Report of the Indian Hemp Drugs Commission, 1894-1895 - Volume V
Year: 1894
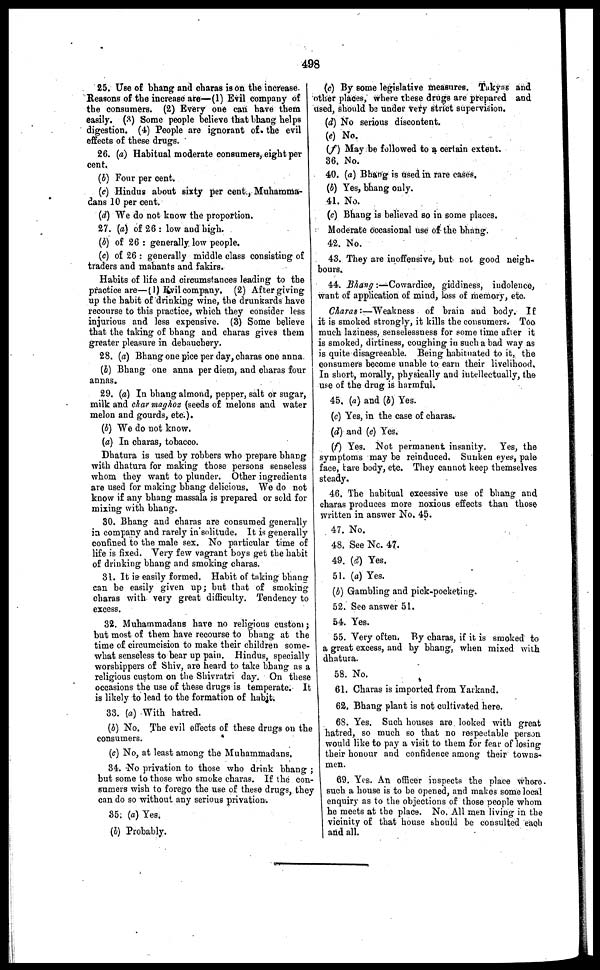
498
25. Use of bhang and charas is on the increase.
Reasons of the increase are—(1) Evil company of
the consumers. (2) Every one can have them
easily. (3) Some people believe that bhang helps
digestion. (4) People are ignorant of the evil
effects of these drugs.
26. (a) Habitual moderate consumers, eight per
cent.
(b) Four per cent.
(c) Hindus about sixty per cent., Muharoma-
cans 10 per cent.
(d) We do not know the proportion.
27. (a) of 26 : low and high.
(b) of 26 : generally low people.
(c) of 26 : generally middle class consisting of
traders and mahants and fakirs.
Habits of life and circumstances leading to the
practice are—(1) Evil company. (2) After giving
up the habit of drinking wine, the drunkards have
recourse to this practice, which they consider less
injurious and less expensive. (3) Some believe
that the taking of bhang and charas gives them
greater pleasure in debauchery.
28. (a) Bhang one pice per day, charas one anna
(b) Bhang one anna per diem, and charas four
annas.
29. (a) In bhang almond, pepper, salt or sugar,
milk and char maghoz (seeds of melons and water
melon and gourds, etc.).
(b) We do not know,
(a) In charas, tobacco.
Dhatura is used by robbers who prepare bhang
with dhatura for making those persons senseless
whom they want to plunder. Other ingredients
are used for making bhang delicious. We do not
know if any bhang massala is prepared or sold for
mixing with bhang.
30. Bhang and charas are consumed generally
in company and rarely in solitude. It is generally
confined to the male sex. No particular time of
life is fixed. Very few vagrant boys get the habit
of drinking bhang and smoking charas.
31. It is easily formed. Habit of taking bhang
can be easily given up; but that of smoking
charas with very great difficulty. Tendency to
excess.
32. Muhammadans have no religious custom
but most of them have recourse to bhang at the
time of circumcision to make their children some-
what senseless to bear up pain. Hindus, specially
worshippers of Shiv, are heard to take bhang as a
religious custom on the Shivratri day. On these
occasions the use of these drugs is temperate. It
is likely to lead to the formation of habit.
33. (a) With hatred.
(b) No. The evil effects of these drugs on the
consumers.
(c) No, at least among the Muhammadans.
34. No privation to those who drink bhang ;
but some to those who smoke charas. If the con-
sumers wish to forego the use of these drugs, they
can do so without any serious privation.
35. (a) Yes.
(b) Probably.
(c) By some legislative measures. Takyas and
other places, where these drugs are prepared and
used, should be under very strict supervision.
(d) No serious discontent.
(e) No.
(f) May be followed to a certain extent.
36. No.
40. (a) Bhang is used in rare cases,
(b) Yes, bhang only.
41. No.
(c) Bhang is believed so in some places.
Moderate occasional use of the bhang.
42. No.
43. They are inoffensive, but not good neigh-
bours.
44. Bhang :—Cowardice, giddiness, indolence,
want of application of mind, loss of memory, etc.
Charas:—Weakness of brain and body. If
it is smoked strongly, it kills the consumers. Too
much laziness, senselessness for some time after it
is smoked, dirtiness, coughing in such a bad way as
is quite disagreeable. Being habituated to it, the
consumers become unable to earn their livelihood.
In short, morally, physically and intellectually, the
use of the drug is harmful.
45. (a) and (b) Yes.
(c) Yes, in the case of charas.
(d) and (e) Yes.
(f) Yes. Not permanent insanity. Yes, the
symptoms may be reinduced. Sunken eyes, pale
face, tare body, etc. They cannot keep themselves
steady,
46. The habitual excessive use of bhang and
charas produces more noxious effects than those
written in answer No. 45.
47. No.
48. See No. 47.
49. (d) Yes.
51. (a) Yes.
(b) Gambling and pick-pocketing.
52. See answer 51.
54. Yes.
55. Very often. By charas, if it is smoked to
a great excess, and by bhang, when mixed with
dhatura.
58. No.
61. Charas is imported from Yarkand.
62. Bhang plant is not cultivated here.
68. Yes. Such houses are looked with great
hatred, so much so that no respectable person
would like to pay a visit to them for fear of losing
their honour and confidence among their towns-
men.
69. Yes. An officer inspects the place whore
such a house is to be opened, and makes some local
enquiry as to the objections of those people whom
he meets at the place. No. All men living in the
vicinity of that house should be consulted each
and all.